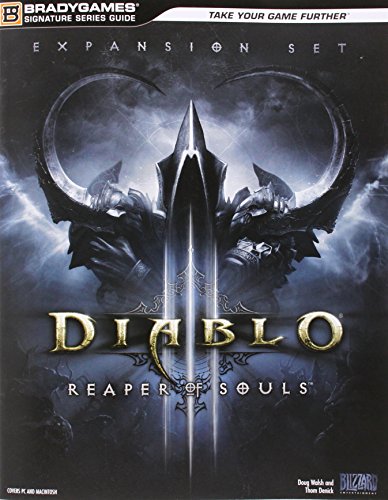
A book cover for Diablo III: Reaper of Souls Signature Series Strategy Guide; BradyGames; Computers & Technology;